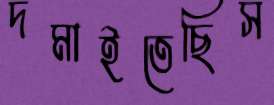
দমাইতেছিস